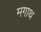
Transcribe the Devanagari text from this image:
मगाथ